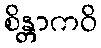
စိန္တာကဝိ